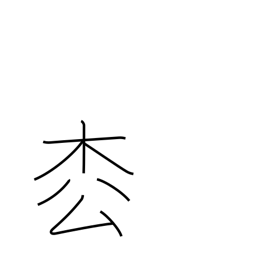
Meaning: fir tree